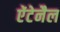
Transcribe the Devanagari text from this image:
ऐंटेनैल